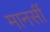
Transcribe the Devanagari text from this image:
मानसीं